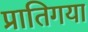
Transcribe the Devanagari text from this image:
प्रातिगया